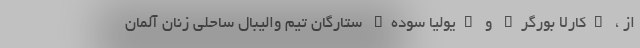
از ، "کارلا بورگر" و "یولیا سوده" ستارگان تیم والیبال ساحلی زنان آلمان